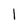
Character: 1